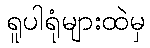
ရူပါရုံများထဲမှ